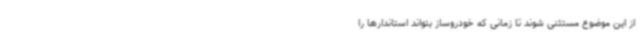
از این موضوع مستثنی شوند تا زمانی که خودروساز بتواند استاندارها را